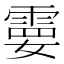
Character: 𩃩